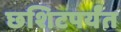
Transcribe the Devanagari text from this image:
छशिटपर्यंत